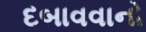
દબાવવાનો